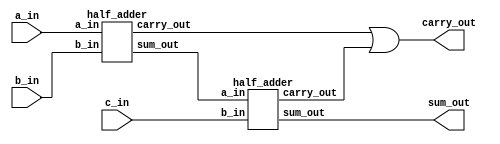
`timescale 1ns / 1ps
//////////////////////////////////////////////////////////////////////////////////
// Company: 
// Engineer: 
// 
// Design Name: 
// Module Name: lab102_FA_VCD
// Project Name: 
// Target Devices: 
// Tool Versions: 
// Description: 
// 
// Dependencies: 
// 
// Revision:
// Revision 0.01 - File Created
// Additional Comments:
// 
//////////////////////////////////////////////////////////////////////////////////



module lab102_FA_VCD(
                    input a_in,
                    input b_in,
                    input c_in,
                    output sum_out,
                    output carry_out
                   );
wire sum_out1;
wire carry_out1;
wire carry_out2;

half_adder HA1(.a_in(a_in), 
                .b_in(b_in), 
                .sum_out(sum_out1), 
                .carry_out(carry_out1));
                
half_adder HA2(.a_in(sum_out1),
                 .b_in(c_in), 
                 .sum_out(sum_out), 
                 .carry_out(carry_out2));
                 
assign carry_out = carry_out1 | carry_out2;

endmodule


module half_adder(
                    input a_in,
                    input b_in,
                    output sum_out,
                    output carry_out
                    );
                  
assign sum_out = a_in ^ b_in;               // this is for calculating sum
assign carry_out = a_in && b_in;            // this is for calculating the carry

endmodule